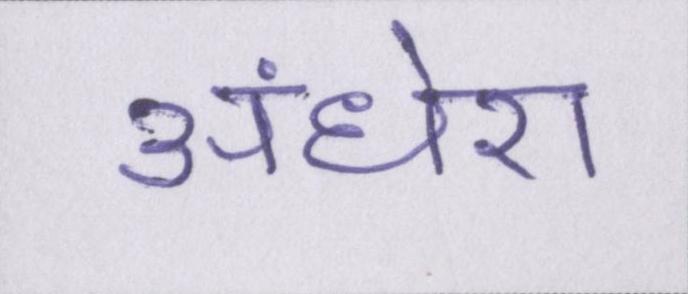
अंधेरा